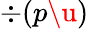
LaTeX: \div(p\u)